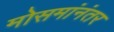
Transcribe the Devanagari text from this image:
मोसमांनंतर